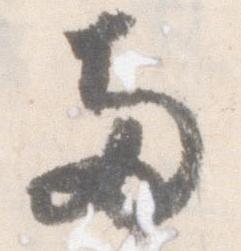
両